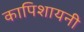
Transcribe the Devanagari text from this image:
कापिशायनी